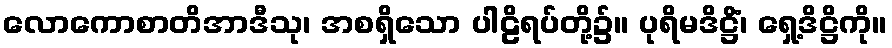
လောကောစာတိအာဒီသု၊ အစရှိသော ပါဠိရပ်တို့၌။ ပုရိမဒိဋ္ဌိံ၊ ရှေ့ဒိဋ္ဌိကို။